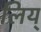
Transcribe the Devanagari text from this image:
लिय्